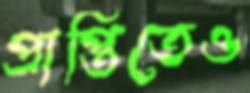
প্রাপ্তিতেও